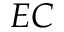
E C